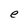
Character: e